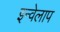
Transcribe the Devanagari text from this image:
इन्वेलाप